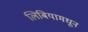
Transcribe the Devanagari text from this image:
लिबियामधून